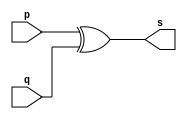
// ---------------------
// Exemplo 05_01 - xor
// Nome: xxx yyy zzz
// ---------------------

// ---------------------
// -- xor gate
// ---------------------

module xorgate (s, p, q);
 output s;
 input  p, q;

 assign s = p ^ q;

endmodule // xor

// ---------------------
// -- test xorgate
// ---------------------

module testxorgate;
 reg   a, b;
 wire  s;
          // instancia
 xorgate XOR1 (s, a, b);

 initial begin:start
      a=0; b=0;
 end

          // parte principal
 initial begin:main
      $display("Exemplo 05_01 - xxx yyy zzz - 999999");
      $display("Test xor gate");
      $display("\na ^ b = s\n");
      $monitor("%b ^ %b = %b", a, b, s);
  #1  a=0; b=1;
  #1  a=1; b=0;
  #1  a=1; b=1;

 end

endmodule // testxorgate